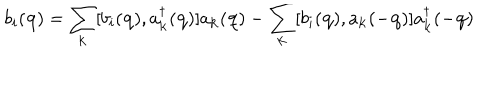
b _ { i } ( { \bf { q } } ) = \sum _ { { \bf { k } } } [ b _ { i } ( { \bf { q } } ) , a _ { { \bf { k } } } ^ { \dagger } ( { \bf { q } } ) ] a _ { { \bf { k } } } ( { \bf { q } } ) - \sum _ { { \bf { k } } } [ b _ { i } ( { \bf { q } } ) , a _ { { \bf { k } } } ( - { \bf { q } } ) ] a _ { { \bf { k } } } ^ { \dagger } ( - { \bf { q } } )